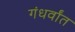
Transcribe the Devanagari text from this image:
गंधर्वांत